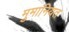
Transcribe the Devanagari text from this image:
मुमानियत